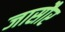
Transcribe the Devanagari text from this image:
जासौर